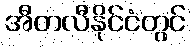
အီတလီနိုင်ငံတွင်